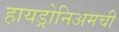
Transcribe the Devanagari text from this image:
हायड्रोनिअमची